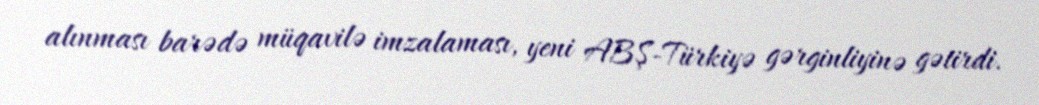
alınması barədə müqavilə imzalaması, yeni ABŞ-Türkiyə gərginliyinə gətirdi.